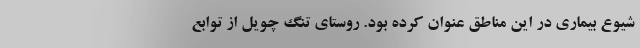
شیوع بیماری در این مناطق عنوان کرده بود. روستای تنگ چویل از توابع